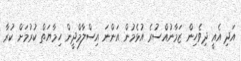
އަދި އެއީ ދިވެހިން ޒަމާނުއްސުރެ އުޅެމުން އަންނަ އިސްލާމްދީން ހިމާޔަތް ކުރުމަށް ކުރާ